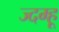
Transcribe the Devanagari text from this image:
ज्दग्हू